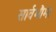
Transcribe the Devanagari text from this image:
सार्वभौम।